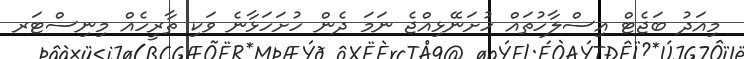
މިއަދު ބަޖެޓް އިސްލާހުތައް ހުށަނޭޅިއްޖެ ނަމަ ދެން ހުށަހަޅާނެ ވަކި ތާރީހެއް މިނިސްޓަރ